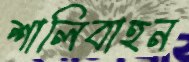
শালিবাহন